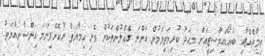
ތިމާވެއްޓާއި ބައޯޑައިވާސިޓީއަށް މިއަދު ކުރިމަތިވަމުން އަންނަ ގެއްލުންތަކުން ވެށި ހިމާޔަތް ނުކޮށްފިނަމަ އިންސާނިިއްޔަތު